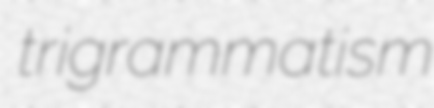
trigrammatism